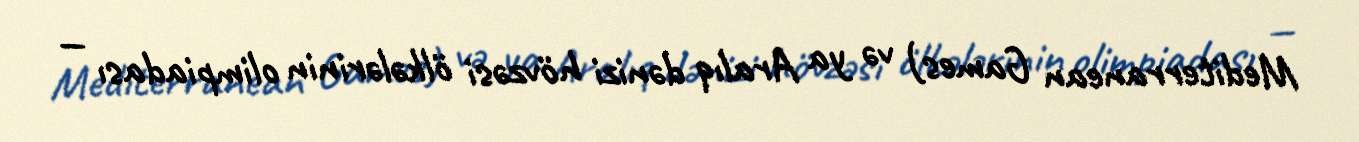
Mediterranean Games) və ya Aralıq dənizi hövzəsi ölkələrinin olimpiadası —